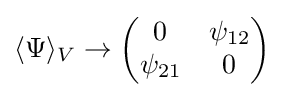
\langle \Psi \rangle _{V}\rightarrow {\begin{pmatrix}0&\psi _{12}\\\psi _{21}&0\end{pmatrix}}